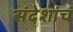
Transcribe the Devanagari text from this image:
संदेशांचं